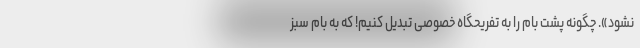
نشود». چگونه پشت بام را به تفریحگاه خصوصی تبدیل کنیم! که به بام سبز